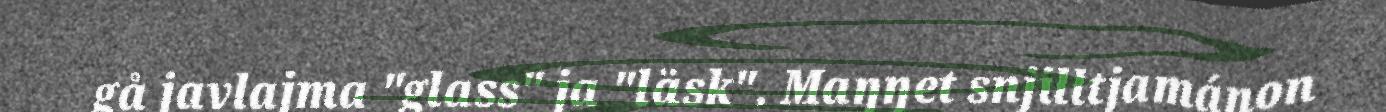
gå javlajma "glass" ja "läsk". Maŋŋet snjilltjamánon